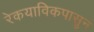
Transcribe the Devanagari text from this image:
रेकयाविकपासून